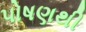
પોષણથી